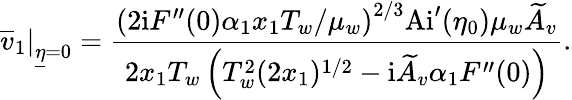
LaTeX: \left.\overline{{v}}_{1}\right\vert_{\underline{{\eta}}=0}=\frac{\left(2\mathrm{i}F^{\prime\prime}(0)\alpha_{1}x_{1}T_{w}/\mu_{w}\right)^{2/3}\mathrm{Ai}^{\prime}(\eta_{0})\mu_{w}\widetilde A_{v}}{2x_{1}T_{w}\left(T_{w}^{2}(2x_{1})^{1/2}-\mathrm{i}\widetilde A_{v}\alpha_{1}F^{\prime\prime}(0)\right)}.